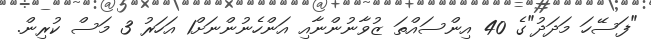
"ފަސޭހަ މަދަދު"ގެ 40 އިންސައްތަ ޒުވާނުންނާއި އަންހެނުންނަށް1 އަހަރު 3 މަސް ކުރިން.